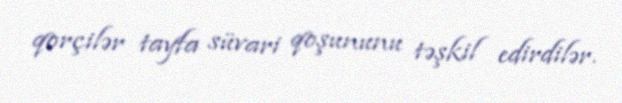
qorçilər tayfa süvari qoşununu təşkil edirdilər.